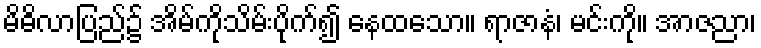
မိဓိလာပြည်၌ အိမ်ကိုသိမ်းပိုက်၍ နေထသော။ ရာဇာနံ၊ မင်းကို။ အာဇညာ၊